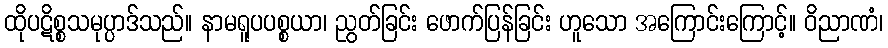
ထိုပဋိစ္စသမုပ္ပာဒ်သည်။ နာမရူပပစ္စယာ၊ ညွတ်ခြင်း ဖောက်ပြန်ခြင်း ဟူသော အကြောင်းကြောင့်။ ဝိညာဏံ၊